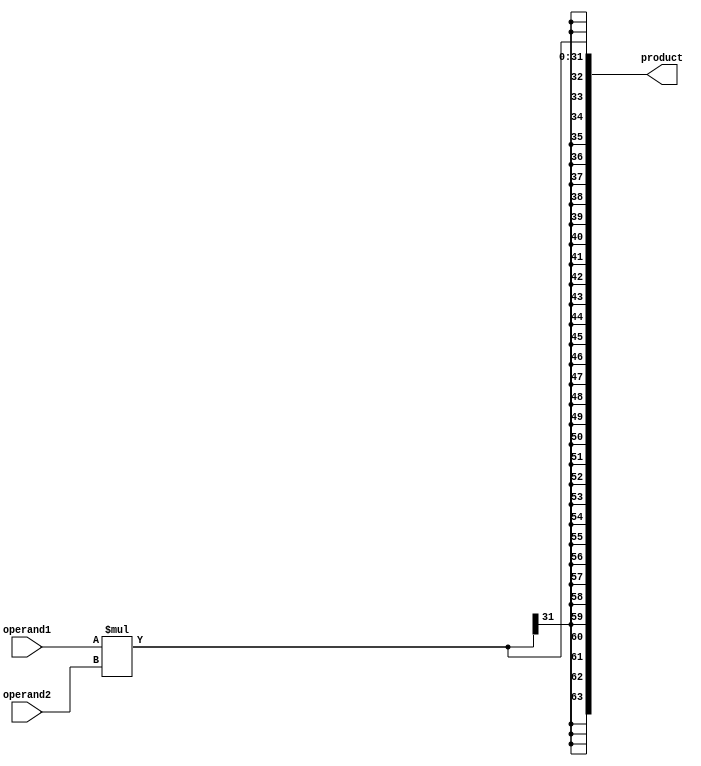
module signed_multiplier (
    input signed [31:0] operand1,
    input signed [31:0] operand2,
    output signed [63:0] product
);

reg signed [31:0] signed_product;

always @* begin
    signed_product = operand1 * operand2;
end

assign product = signed_product;

endmodule